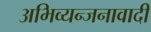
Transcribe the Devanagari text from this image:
अभिव्यन्जनावादी